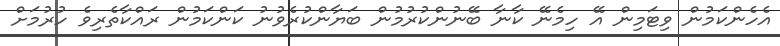
އެހެންކަމުން ވިޓަމިން އޭ ހިމެނޭ ކާނާ ބޭނުންކުރުމުން ބަޔާންކުރެވުނު ކަންކަމުން ރައްކާތެރިވެ ހުރުމަށް